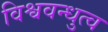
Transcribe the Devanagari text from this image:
विश्ववन्धुत्व